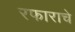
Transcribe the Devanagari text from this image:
रफाराचे